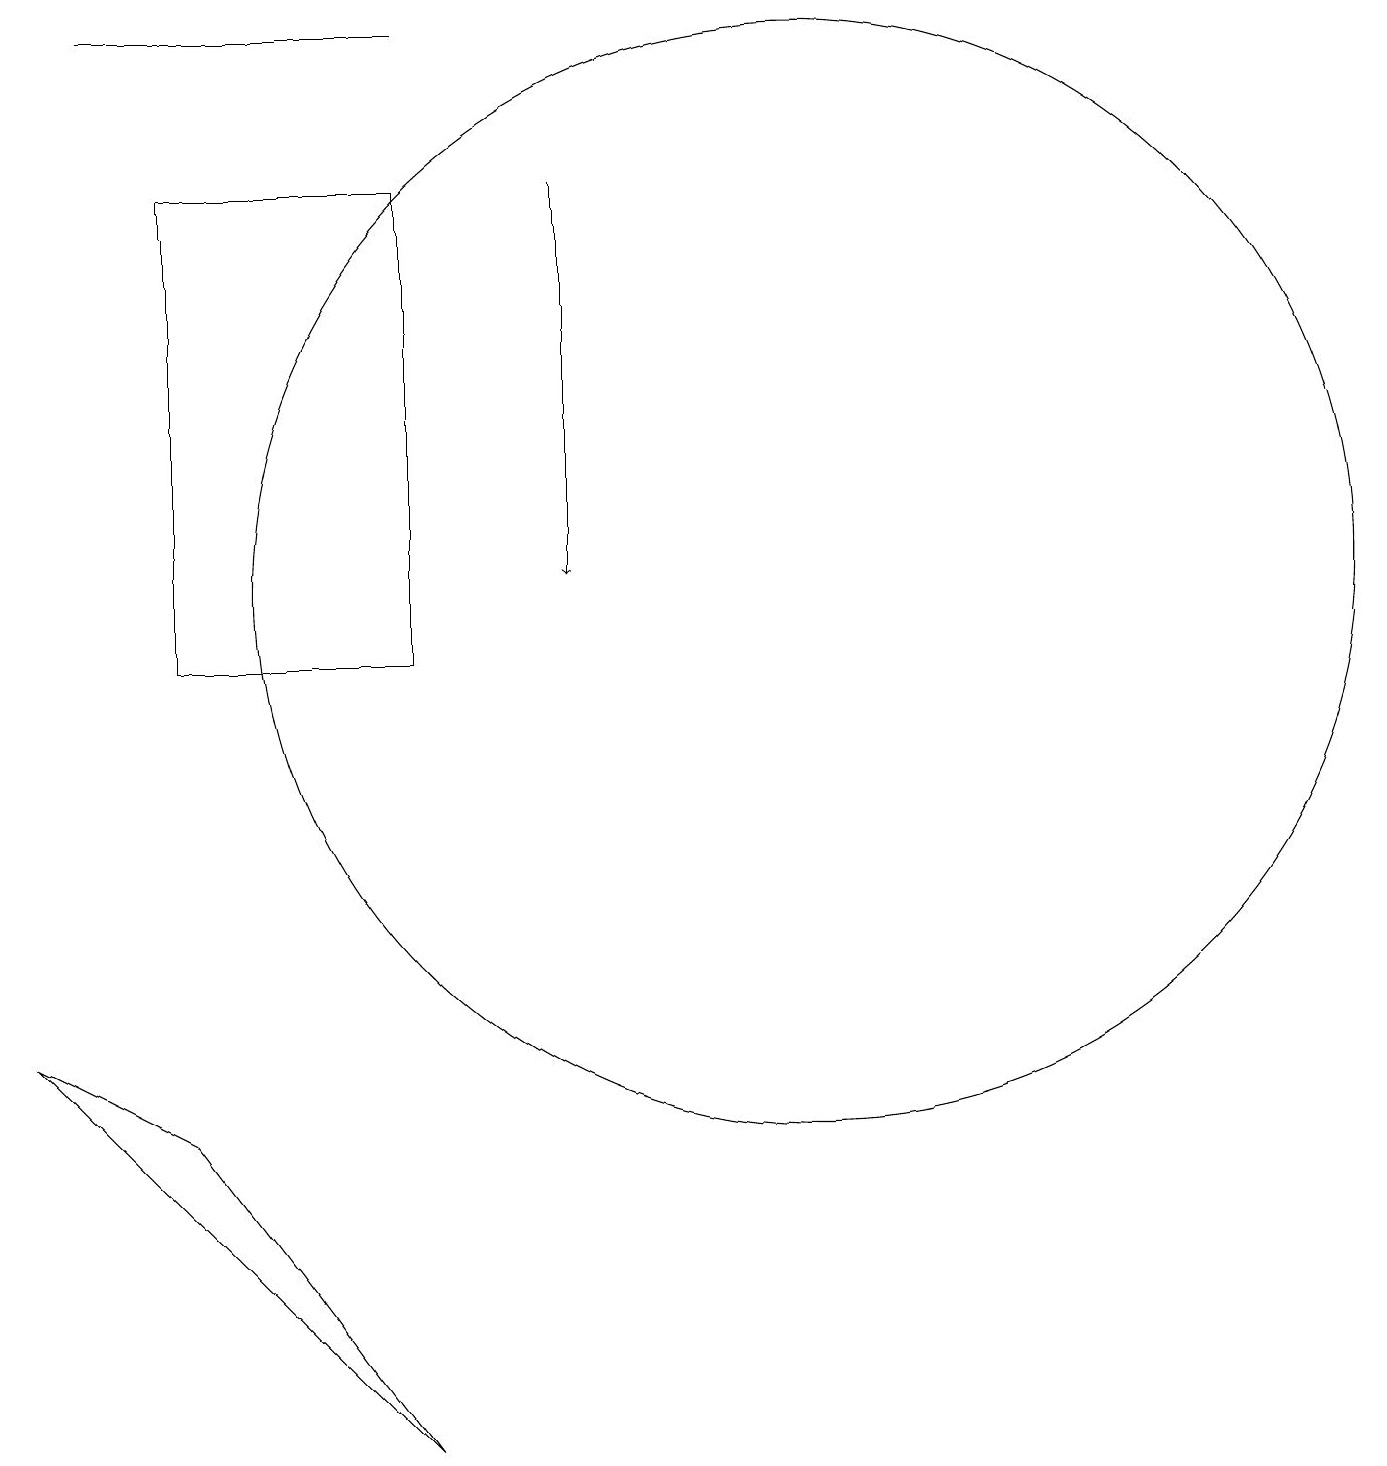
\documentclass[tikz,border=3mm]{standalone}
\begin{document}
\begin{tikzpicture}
\draw (11,10) circle (0);
\draw (0,6) -- (2,5) -- (5,1) -- cycle;
\draw[->] (7,17) -- (7,12);
\draw (10,12) circle (7);
\draw (1,19) rectangle (5,19);
\draw (5,11) rectangle (2,17);
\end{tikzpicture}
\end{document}